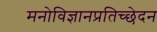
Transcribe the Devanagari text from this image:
मनोविज्ञानप्रतिच्छेदन